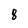
Character: 8